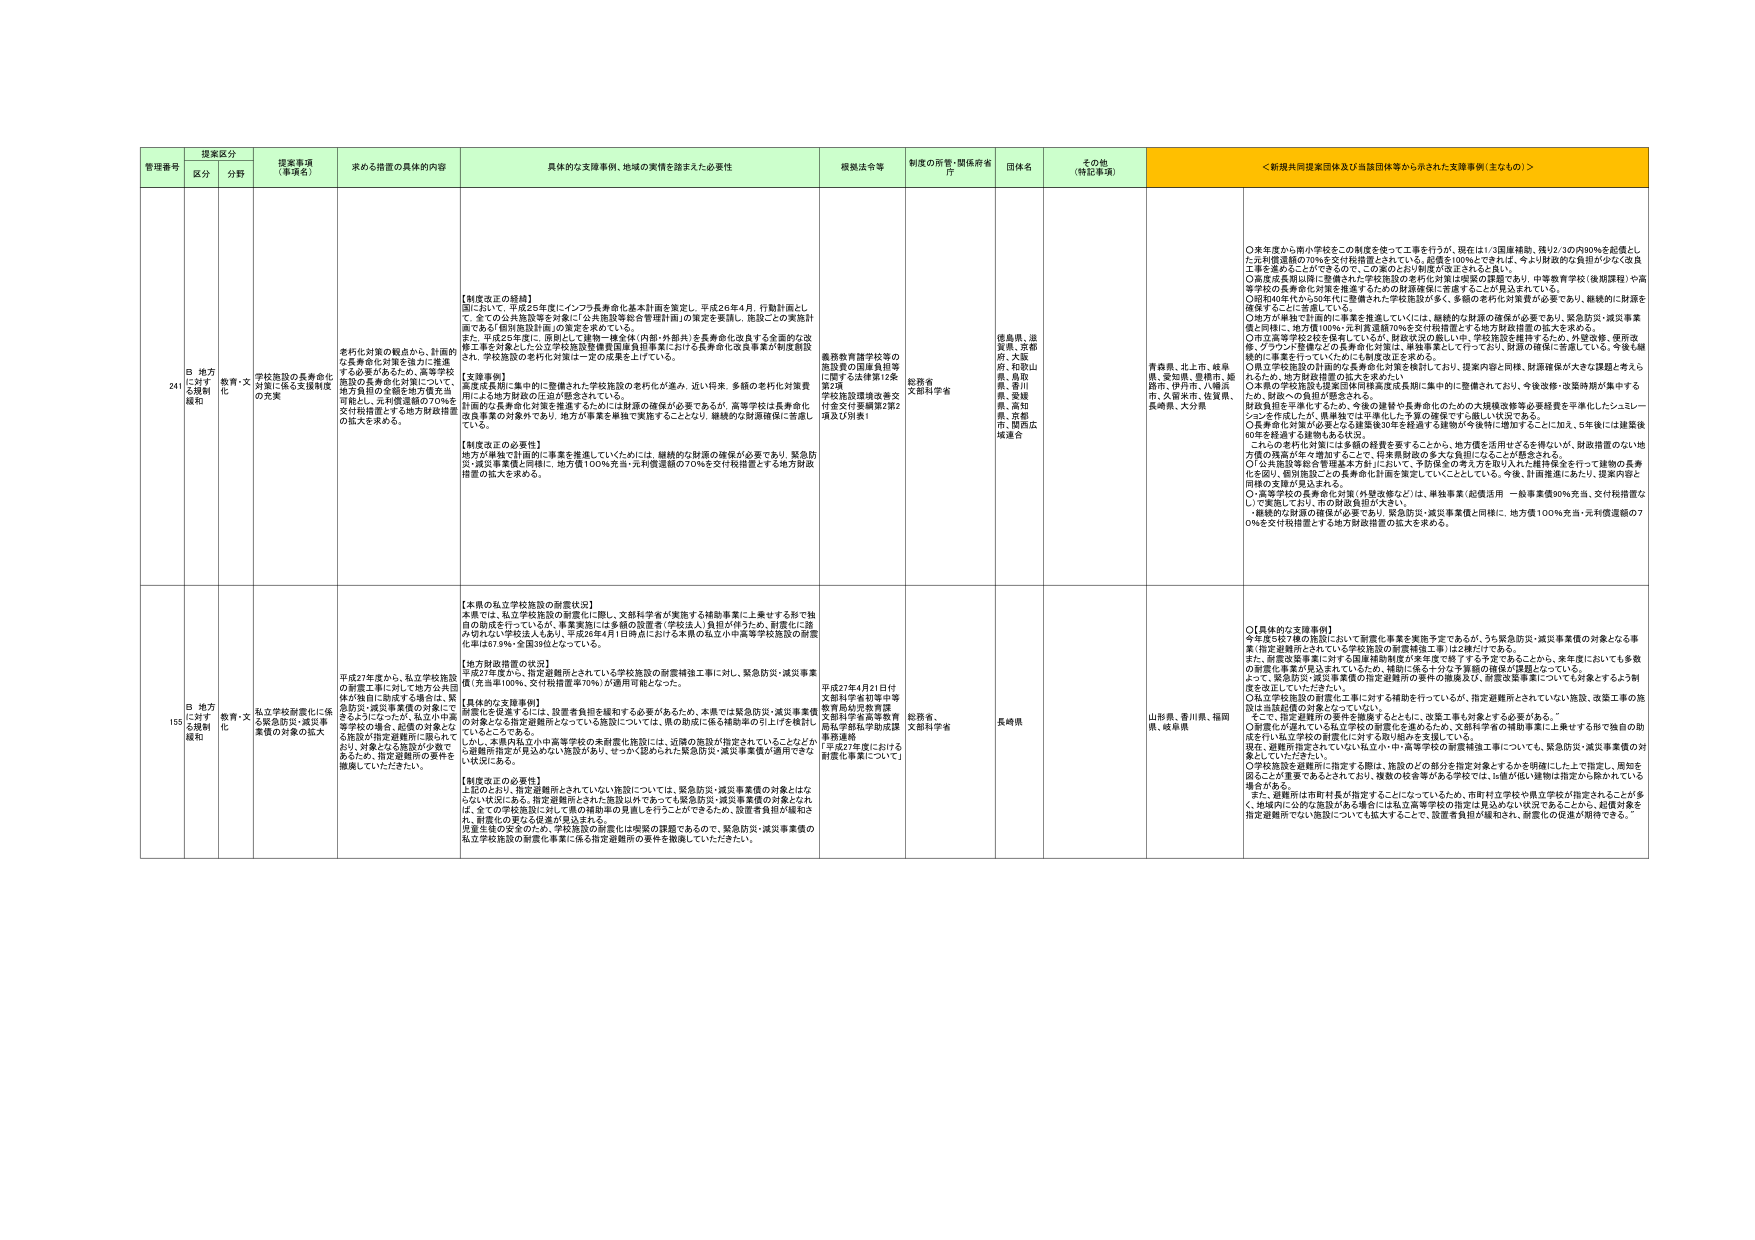
管理番号 捜査区分 捜査事項（事項名） 求める措置の具体的内容 具体的な支援事例、地域の実情を踏まえた必要性 根拠法令等 制度の所管・関係府省庁 国体名 その他（特記事項） ＜新規共同提案団体及び当該団体等から示された支援事例（主なもの）＞
区分 分野
241 B 地方に対する規制緩和 教育・文化 学校施設の長寿命化対策に係る支援制度の充実 老朽化対策の観点から、計画的な長寿命化対策を強力に推進する必要があるため、高等学校施設の長寿命化対策について、地方負担の全額を地方債充当可能とし、元利償還額の70％を交付税措置とする地方財政措置の拡大を求める。 【制度改正の経緯】 国において、平成25年度にインフラ長寿命化基本計画を策定し、平成26年4月、行動計画として、全ての公共施設等を対象に「公共施設等総合管理計画」の策定を要請し、施設ごとの実施計画である「個別施設計画」の策定を求めている。 また、平成25年度に、原則として建物・機全体（内部・外装用）を長寿命化改修する全面的な改修工事を対象にした公立学校施設等標準図面負担事業における長寿命化改修事業が制度創設され、学校施設の老朽化対策に一定の成果を上げている。 【支援事例】 高度成長期に集中的に整備された学校施設の老朽化が進み、近い将来、多額の老朽化対策費用による地方財政の圧迫が懸念されている。 計画的な長寿命化対策を推進するためには財源の確保が必要であるが、高等学校は長寿命化改修事業の対象外であり、地方が事業を単独で実施することとなり、継続的な財源確保に苦慮している。 【制度改正の必要性】 地方が単独で計画的に事業を推進していくためには、継続的な財源の確保が必要であり、緊急防災・減災事業と同様に、地方債100％充当・元利償還額の70％を交付税措置とする地方財政措置の拡大を求める。 義務教育諸学校等の施設費の国庫負担等に関する法律第12条第2項 学校施設環境改善交付金交付要綱第2項2項及び別表1 総務省 文部科学省 徳島県、滋賀県、京都府、大阪府、和歌山県、鳥取県、香川県、愛媛県、高知県、兵庫市、関西広域連合 青森県、北上市、岐阜県、愛知県、豊橋市、姫路市、伊丹市、八幡浜市、大阪市、佐賀県、長崎県、大分県 ○来年度から南小学校を二つの制度を使って工事を行うが、現在は1/3国庫補助、残り2/3の約80％を起債とした元利償還額の70％を交付税措置とされている。起債は100％でされている。今より財政的な負担が少なく従良工事を進めることができるのて、この案のとおり制度が設立されると良い。 ○高度成長期以降に整備された学校施設の老朽化対策は喫緊の課題であり、中等教育学校（後期課程）や高等学校の長寿命化対策を推進するための財源確保に苦慮することが普及されている。 ○国税のほかにも50数件に整備された学校施設が多く、多額の老朽化対策費が必要であり、継続的に財源を確保することに苦慮している。 ○地方が単独で計画的に事業を推進していくには、継続的な財源の確保が必要であり、緊急防災・減災事業と同様に、地方債100％・元利償還額70％を交付税措置とする地方財政措置の拡大を求める。 ○市立高等学校2校を保有しているが、財政状況の厳しい中、学校施設を維持するため、外壁改修、便所改修、グラウンド整備などの長寿命化対策は、単独事業として行っており、財源の確保に苦慮している。今後も継続的に事業を行っていいためにも制度改正を求める。 ○県立学校施設の計画的な長寿命化対策を検討しており、提案内容と同様、財源確保が大きな課題と考えられた。財政への負担が懸念される。 ○本県の学校施設も諸豪団体同様高度成長期に集中的に整備されており、今後改修・改築時期が集中する見込みが、地方財政措置の拡大を求める。 財政負担を平準化するため、今後の建替や長寿命化のための大規模改修等必要経費を平準化したシュレーションを作成したが、単独では単独化した予算の確保ができない状況である。 ○長寿命化対策が必要となる施設後の年を経ずる建物が今後特に増加することに加え、5年後には建築後60年を経過する建物もある状況。 これらの老朽化対策には多額の経費を要することから、地方債を活用せざるを得ないが、財政措置のない地方債の残高が年々増加することで、将来財政の多大な負担になることが懸念される。 ○公共施設等総合管理基本方針において、予防保全の考え方を取り入れた建替保全を行って建物の長寿命を図り、都市施設への長寿命化対策を策定していくこととしている。今後、計画推進において、提案内容と同様の支援が見込まれる。 ○・高等学校の長寿命化対策（外壁改修など）は、単独事業（起債活用 一般事業債90％充当、交付税措置なし）で実施しており、市の財政負担が大きい。 ・継続的な財源の確保が必要であり、緊急防災・減災事業と同様に、地方債100％充当・元利償還額の70％を交付税措置とする地方財政措置の拡大を求める。
155 B 地方に対する規制緩和 教育・文化 私立学校耐震化に係る緊急防災・減災事業費の対象の拡大 平成27年度から、私立学校施設の耐震工事に対して地方公共団体が独自に助成する場合は、緊急防災・減災事業費の対象にできるようにしたが、私立小中高等学校の場合、設置者の対象となる施設が指定避難所に限られており、対象となる施設が少数であるため、指定避難所の要件を撤廃していただきたい。 【本県の私立学校施設の耐震状況】 本県では、私立学校施設の耐震化に際し、文部科学省が実施する補助事業に上乗せする形で独自の助成を行っているが、事業実施には多額の設置者（学校法人）負担が伴うため、耐震化に踏み切れない学校法人もあり、平成26年4月1日時点における本県の私立小中高等学校施設の耐震化率は57.5％（全国39.8％となっている）。 【地方財政措置の状況】 平成27年度から、指定避難所とされている学校施設の耐震補強工事に対し、緊急防災・減災事業費（充当率100％、交付税措置率70％）が適用可能となった。 【具体的な支援事例】 耐震化を促進するには、設置者負担を緩和する必要があるため、本県では緊急防災・減災事業費の対象となる指定避難所となっている施設については、県の助成に係る補助率の引上げを検討しているところである。 しかし、本県内私立小中高等学校の未耐震化施設には、近隣の施設が指定されていることなどから避難所指定が見込めない施設があり、せっかく認められた緊急防災・減災事業費が適用できない状況にある。 【制度改正の必要性】 上記のとおり、指定避難所とされていない施設については、緊急防災・減災事業費の対象とはならない状況にある。指定避難所とされた施設以外であっても緊急防災・減災事業費の対象とされば、全ての学校施設に対して県の補助率の見直しを行うことができるため、設置者負担が緩和され、耐震化の更なる促進が見込まれる。 地方主導の更なるため、学校施設の耐震化は喫緊の課題であるので、緊急防災・減災事業費の私立学校施設の耐震化事業に係る指定避難所の要件を撤廃していただきたい。 平成27年4月21日付文部科学省初等中等教育局幼児教育課文部科学省高等教育局私学部私学施設事業課 「平成27年度における耐震化事業について」 総務省、文部科学省 長崎県 山形県、香川県、福岡県、徳島県 ○【具体的な支援事例】 今年度を設けた施設において耐震化事業を実施予定であるが、うち緊急防災・減災事業費の対象となる事業（指定避難所とされている学校施設の耐震補強工事）は2施設だけである。 また、耐震改築事業に対する国庫補助制度が来年度で終了する予定であることから、来年度においても多額の耐震化事業が見込まれているため、補助に係る十分な予算額の確保が課題となっている。 また、緊急防災・減災事業費の指定避難所の要件の撤廃及び、耐震改築事業についても対象とするよう制度を改正していただきたい。 ○私立学校施設の耐震化工事に対する補助を行っているが、指定避難所とされていない施設、改築工事の施設は当該起債の対象となっていない。 そこで、指定避難所の要件を撤廃するとともに、改築工事も対象とする必要がある。” ○耐震化が進むにもし私立学校の耐震化を進めるため、文部科学省の補助事業に上乗せする形で独自の助成を行い私立学校の耐震化に対する取り組みを支援している。 現在、避難所指定されていない私立小・中・高等学校の耐震補強工事についても、緊急防災・減災事業費の対象としていただきたい。 ○学校施設を避難所に指定する際は、施設のどの部分を指定対象とするかを明確にした上で指定し、周知を図ることが重要であるとされており、複数の校舎等がある学校では、1棟が低い建物は指定から除外している場合がある。 また、避難所は市町村長が指定することになっているため、市町村立学校や県立学校が指定されることが多く、地域内に公的な施設がある場合には私立高等学校の指定は見込めない状況であることから、起債対象を指定避難所でない施設についても拡大することで、設置者負担が緩和され、耐震化の促進が期待できる。”